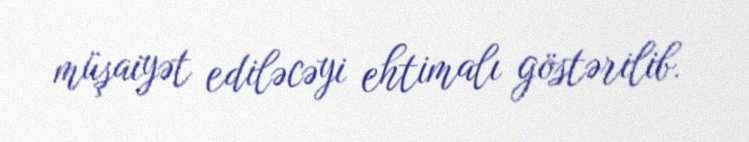
müşaiyət ediləcəyi ehtimalı göstərilib.